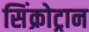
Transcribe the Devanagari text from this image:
सिंक्रोट्रान